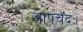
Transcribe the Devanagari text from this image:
आपचॅद।